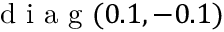
\mathrm { ~ d ~ i ~ a ~ g ~ } ( 0 . 1 , - 0 . 1 )